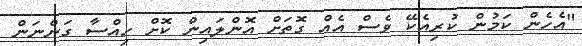
"އެހެން ކަމުން ކުރިއެކޭ ވެސް އެއް ގޮތަށް އޮންލައިން ކޮށް ހިއްސާ ގަންނަން